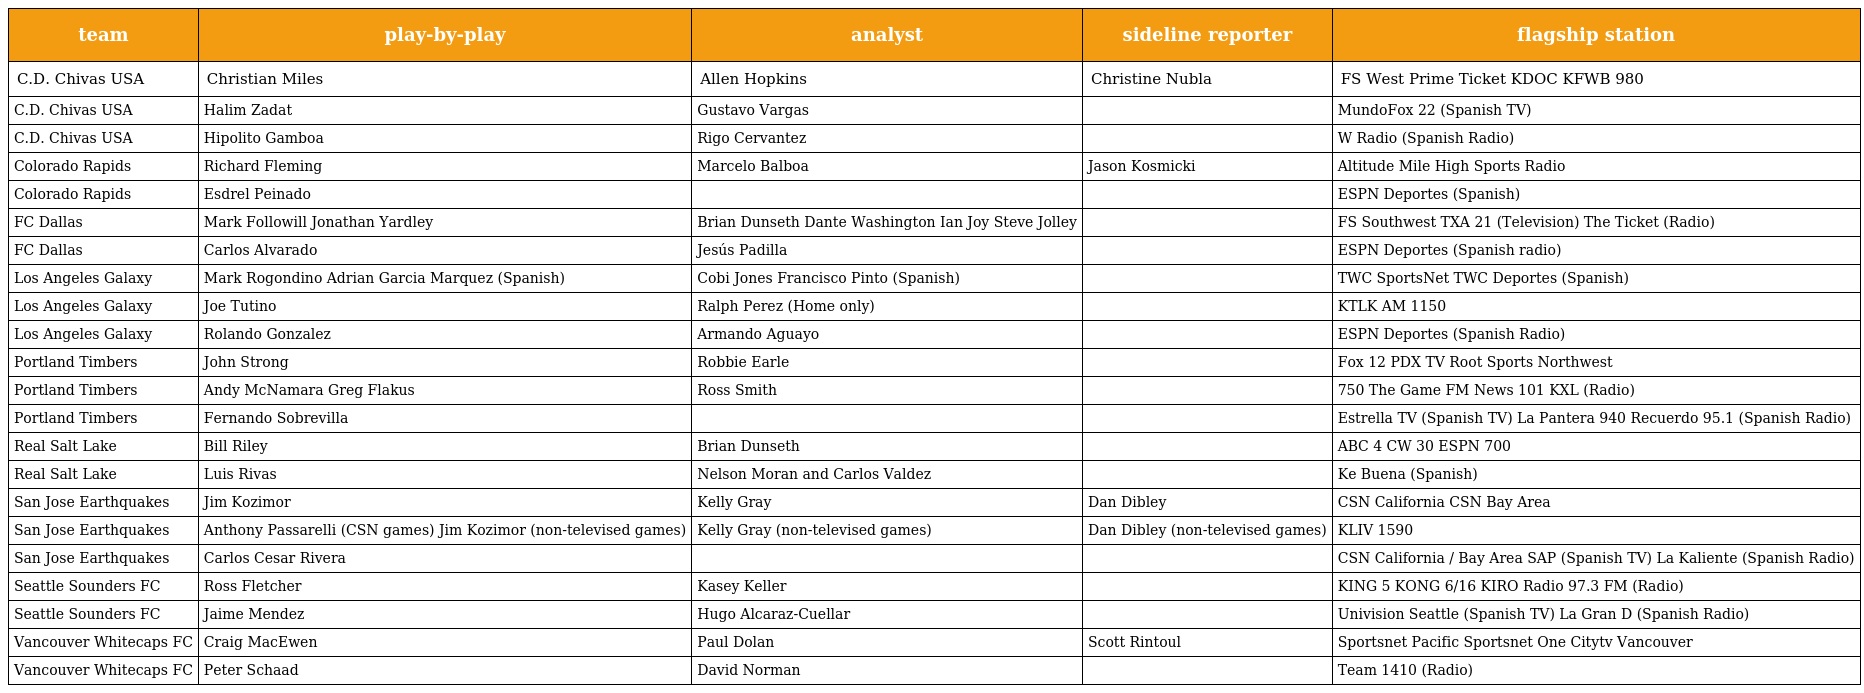
| team | play-by-play | analyst | sideline reporter | flagship station |
 | --- | --- | --- | --- | --- |
 | C.D. Chivas USA | Christian Miles | Allen Hopkins | Christine Nubla | FS West Prime Ticket KDOC KFWB 980 |
 | C.D. Chivas USA | Halim Zadat | Gustavo Vargas |  | MundoFox 22 (Spanish TV) |
 | C.D. Chivas USA | Hipolito Gamboa | Rigo Cervantez |  | W Radio (Spanish Radio) |
 | Colorado Rapids | Richard Fleming | Marcelo Balboa | Jason Kosmicki | Altitude Mile High Sports Radio |
 | Colorado Rapids | Esdrel Peinado |  |  | ESPN Deportes (Spanish) |
 | FC Dallas | Mark Followill Jonathan Yardley | Brian Dunseth Dante Washington Ian Joy Steve Jolley |  | FS Southwest TXA 21 (Television) The Ticket (Radio) |
 | FC Dallas | Carlos Alvarado | Jesús Padilla |  | ESPN Deportes (Spanish radio) |
 | Los Angeles Galaxy | Mark Rogondino Adrian Garcia Marquez (Spanish) | Cobi Jones Francisco Pinto (Spanish) |  | TWC SportsNet TWC Deportes (Spanish) |
 | Los Angeles Galaxy | Joe Tutino | Ralph Perez (Home only) |  | KTLK AM 1150 |
 | Los Angeles Galaxy | Rolando Gonzalez | Armando Aguayo |  | ESPN Deportes (Spanish Radio) |
 | Portland Timbers | John Strong | Robbie Earle |  | Fox 12 PDX TV Root Sports Northwest |
 | Portland Timbers | Andy McNamara Greg Flakus | Ross Smith |  | 750 The Game FM News 101 KXL (Radio) |
 | Portland Timbers | Fernando Sobrevilla |  |  | Estrella TV (Spanish TV) La Pantera 940 Recuerdo 95.1 (Spanish Radio) |
 | Real Salt Lake | Bill Riley | Brian Dunseth |  | ABC 4 CW 30 ESPN 700 |
 | Real Salt Lake | Luis Rivas | Nelson Moran and Carlos Valdez |  | Ke Buena (Spanish) |
 | San Jose Earthquakes | Jim Kozimor | Kelly Gray | Dan Dibley | CSN California CSN Bay Area |
 | San Jose Earthquakes | Anthony Passarelli (CSN games) Jim Kozimor (non-televised games) | Kelly Gray (non-televised games) | Dan Dibley (non-televised games) | KLIV 1590 |
 | San Jose Earthquakes | Carlos Cesar Rivera |  |  | CSN California / Bay Area SAP (Spanish TV) La Kaliente (Spanish Radio) |
 | Seattle Sounders FC | Ross Fletcher | Kasey Keller |  | KING 5 KONG 6/16 KIRO Radio 97.3 FM (Radio) |
 | Seattle Sounders FC | Jaime Mendez | Hugo Alcaraz-Cuellar |  | Univision Seattle (Spanish TV) La Gran D (Spanish Radio) |
 | Vancouver Whitecaps FC | Craig MacEwen | Paul Dolan | Scott Rintoul | Sportsnet Pacific Sportsnet One Citytv Vancouver |
 | Vancouver Whitecaps FC | Peter Schaad | David Norman |  | Team 1410 (Radio) |